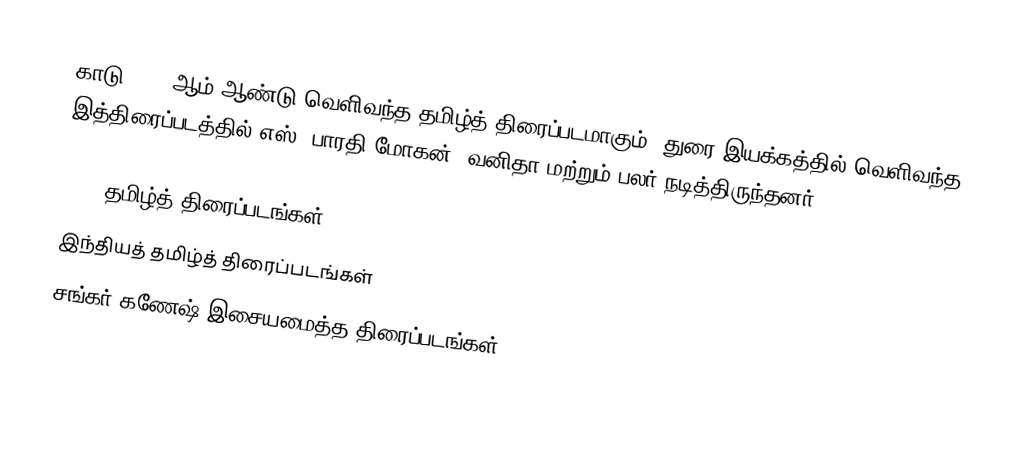
காடு 1980 ஆம் ஆண்டு வெளிவந்த தமிழ்த் திரைப்படமாகும். துரை இயக்கத்தில் வெளிவந்த இத்திரைப்படத்தில் எஸ். பாரதி மோகன், வனிதா மற்றும் பலர் நடித்திருந்தனர்.

1980 தமிழ்த் திரைப்படங்கள்
இந்தியத் தமிழ்த் திரைப்படங்கள்
சங்கர் கணேஷ் இசையமைத்த திரைப்படங்கள்